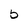
Character: 5